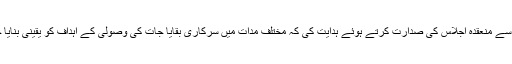
دریں اثناءڈپٹی کمشنر علی شہزاد نے ضلع بھر کے ریونیو افسران سے منعقدہ اجلاس کی صدارت کرتے ہوئے ہدایت کی کہ مختلف مدات میں سرکاری بقایا جات کی وصولی کے اہداف کو یقینی بنایا جائے، سرکاری واجبات کی تاخیر پر متعلقہ افسران جوابدہ ہونگے۔